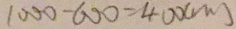
1 0 0 0 - 6 0 0 = 4 0 0 ( m )